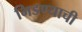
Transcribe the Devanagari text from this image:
भिडण्याची